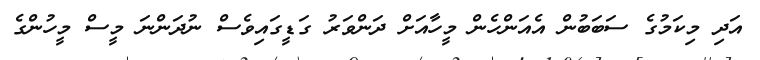
އަދި މިކަމުގެ ސަބަބުން އެއަންހެން މީހާއަށް ދަންވަރު ގަޑީގައިވެސް ނުދަންނަ މީސް މީހުންގެ